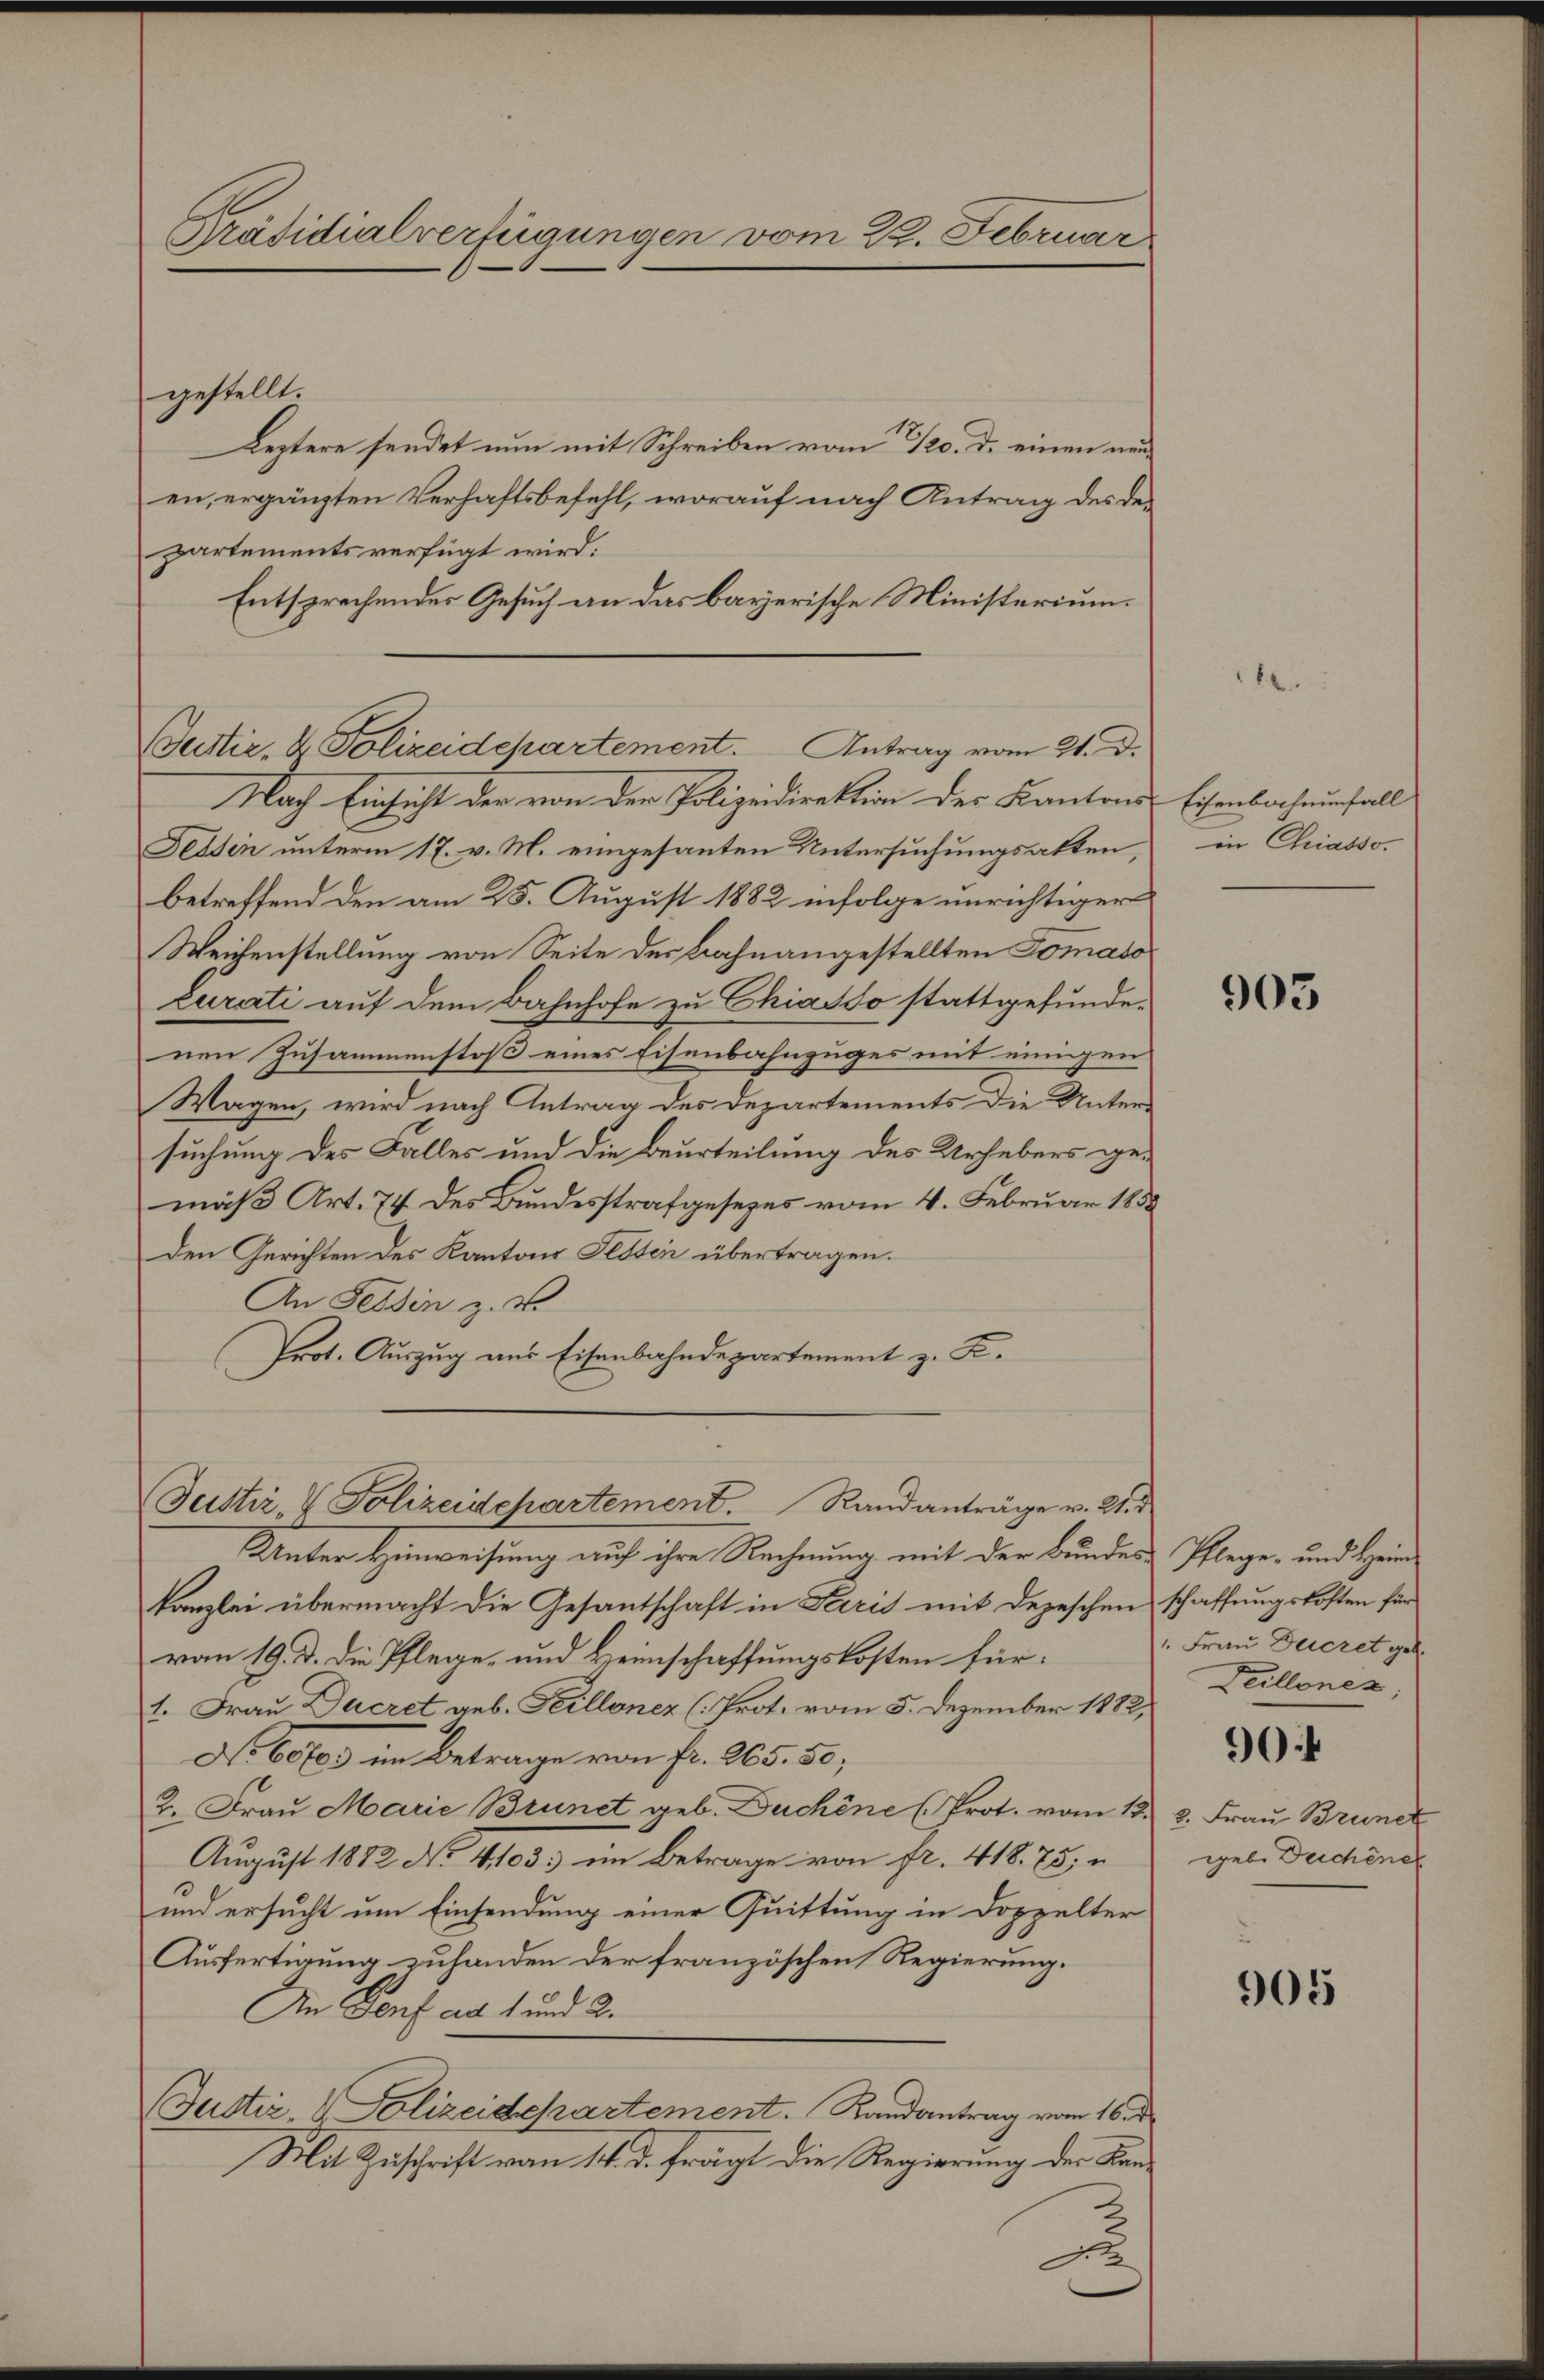
Präsidialverfügungen vom 22. Februar

gestellt.
Leztere sendet nun mit Schreiben vom 20. d. einen neuen, ergänzten Verhaftsbefehl, worauf nach Antrag des departements verfügt wird.
Entsprechendes Gesuch an das bayerische Ministerium.
Nach Einsicht der von den Polizeidirektion der Kantons
Fessen unterm 17. v. M. eingesanten Untersuchungsakten,
betreffend den am 25. August 1882 infolge unrichtiger
Weichenstellung von Seite des Bahnangestellten Tomaso
Curati auf dem Bahnhofe zu Chiasso stattgefundenen Zusammenstoß eines Eisenbahnzuges mit einigen
Wagen, wird nach Antrag des Departements die Unter-
suchung des Falles und die Beurteilung des Urhebers gemäß Art. 74 des Bundesstrafgesezes vom 4. Februar 1858
Den Gerichten des Kantons Festen übertragen.
An Tessin z. B.
Prot. Auszug aus Eisenbahndepartement z. B.
Justiz- & Polizeidepartement. Randanträge v. 21. d
Unter Hinweisung auf ihre Rechnung mit der Bundes-Pflege- und Heimkanzlei übermacht die Gesantschaft in Paris mit Depeschen schaffungskosten für
vom 19. d. die Pflege, und Heimschaffungskosten für
1. Frau Ducret geb. Teillonez (Prot. vom 5. Dezember 1882,
No 60703 im Betrage von fr. 265. 50;
2. Frau Marie Brünet geb. Duchine (Prot. vom 13. 2. Frau Brunez
August 1882 No 4103. im Betrage von fr. 418. 75;
und ersucht um Einsendung einer Quittung in Doppelter
Ausfertigung zuhanden der französchen Regierung.
An Genf ad 1 und 2.
Justiz, Polizeidepartement. Randantrag vom 16. d.
Mit Zuschrift vom 14. d. frägt die Regierung der Kan¬

Butter, 2 Polizeidepartement. Antrag vom 21. d.

Eisenbachnunfall
in Chiasso.

905

" Frau Decret geb.
Teillonen,
904
geb. Dechene

905